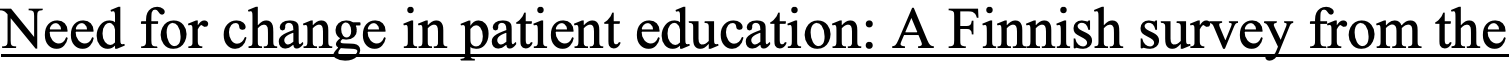
Need for change in patient education: A Finnish survey from the